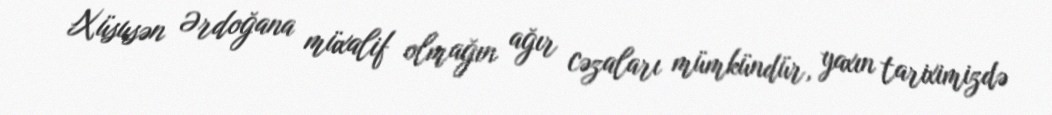
Xüsusən Ərdoğana müxalif olmağın ağır cəzaları mümkündür, yaxın tariximizdə